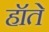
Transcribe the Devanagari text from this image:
हॉते